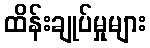
ထိန်းချုပ်မှုများ